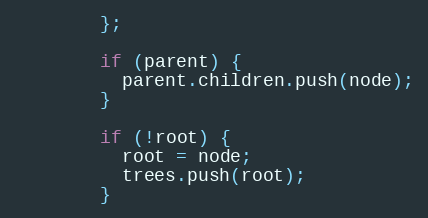
Language: JavaScript
        };

        if (parent) {
          parent.children.push(node);
        }

        if (!root) {
          root = node;
          trees.push(root);
        }